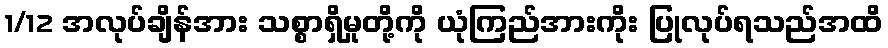
1/12 အလုပ်ချိန်အား သစ္စာရှိမှုတို့ကို ယုံကြည်အားကိုး ပြုလုပ်ရသည်အထိ